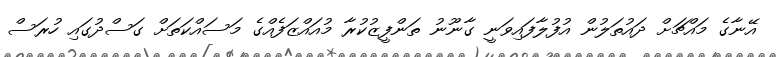
އޭނާގެ މައްޗަށް ދައުތަލުން އުފުލާފައިވަނީ ގާނޫނު ތަންފީޒުކުރާ މުއައްޒަފެއްގެ މަސައްކަތަށް ގަސްދުގައި ހުރަސް